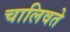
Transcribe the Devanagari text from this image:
चालिवते